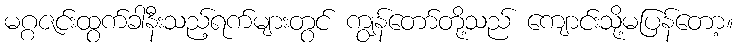
မဂ္ဂဇင်းထွက်ခါနီးသည့်ရက်များတွင် ကျွန်တော်တို့သည် ကျောင်းသို့မပြန်တော့။